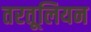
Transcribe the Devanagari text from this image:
तरतूलियन